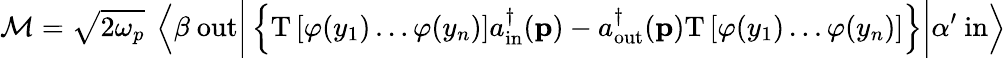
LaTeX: {\mathcal{M}}={\sqrt{2\omega_{p}}}\ \left\langle\beta\ \mathrm{out}{\bigg|}\left\{ \mathrm{T}\left[\varphi(y_{1})\ldots\varphi(y_{n})\right]a_{\mathrm{in}}^{\dagger}(\mathbf{p})-a_{\mathrm{out}}^{\dagger}(\mathbf{p})\mathrm{T}\left[\varphi(y_{1})\ldots\varphi(y_{n})\right]\right\} {\bigg|}\alpha^{\prime}\ \mathrm{in}\right\rangle